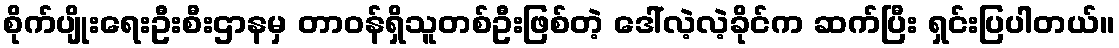
စိုက်ပျိုးရေးဦးစီးဌာနမှ တာဝန်ရှိသူတစ်ဦးဖြစ်တဲ့ ဒေါ်လဲ့လဲ့ခိုင်က ဆက်ပြီး ရှင်းပြပါတယ်။